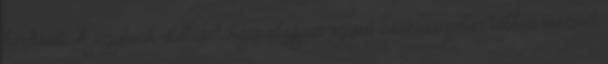
kérdését. A jegybank statisztikája alapján ugyan összességében többen vesznek